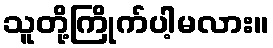
သူတို့ကြိုက်ပါ့မလား။